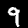
Label: 9